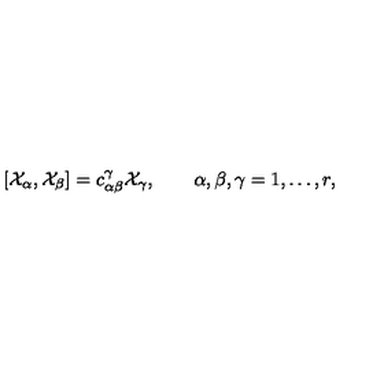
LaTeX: [ { \cal X } _ { \alpha } , { \cal X } _ { \beta } ] = c _ { \alpha \beta } ^ { \gamma } { \cal X } _ { \gamma } , \qquad \alpha , \beta , \gamma = 1 , \ldots , r ,